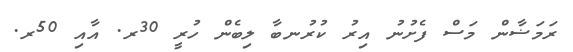
ރަމަޟާން މަސް ފެށުނު އިރު ކުރުނބާ ލިބެން ހުރީ 30ރ. އާއި 50ރ.